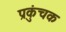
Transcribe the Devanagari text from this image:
प्रकुंचक